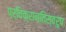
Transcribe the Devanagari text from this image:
प्रतिक्रान्तिस्वरुप